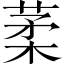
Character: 葇